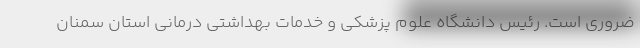
ضروری است. رئیس دانشگاه علوم پزشکی و خدمات بهداشتی درمانی استان سمنان